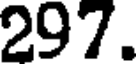
297.